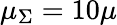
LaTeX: \mu_{\Sigma}=10\mu